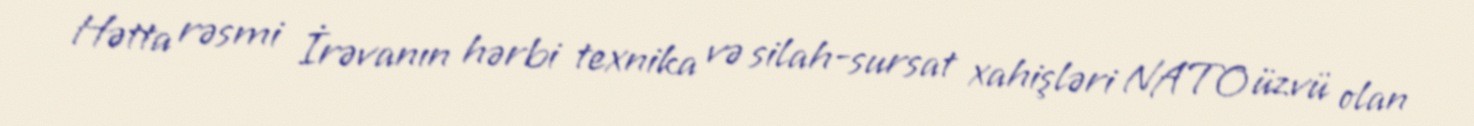
Hətta rəsmi İrəvanın hərbi texnika və silah-sursat xahişləri NATO üzvü olan